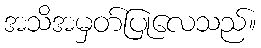
အသိအမှတ်ပြုလေသည်။